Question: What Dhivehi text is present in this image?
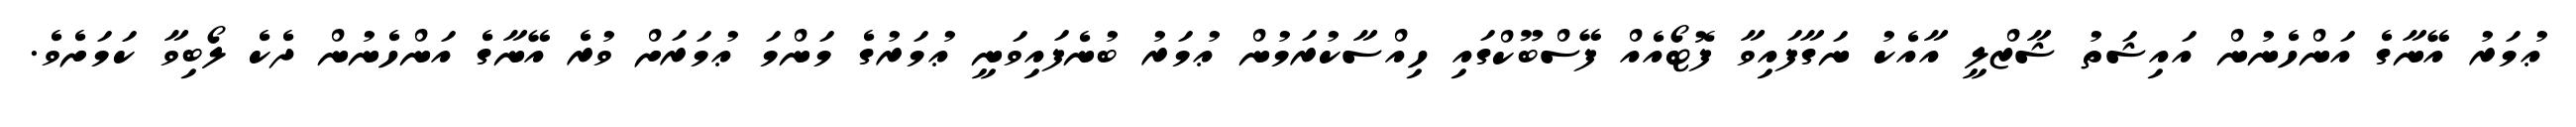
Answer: ޢުމަރު އޭނާގެ އަންހެނުން އައިޝަތު ޝާޒްލީ އާއެކު ނަގާފައިވާ ފޮޓޯއެއް ފޭސްބޫކްގައި ހިއްސާކުރަމުން ޢުމަރު ބުނެފައިވަނީ ޢުމަރުގެ މަންމަ ޢުމަރަށް ވުރެ އޭނާގެ އަންހެނުން ދެކެ ލޯބިވާ ކަމަށެވެ.